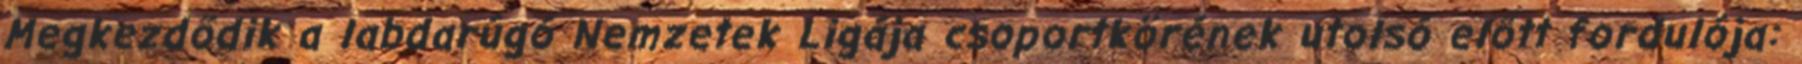
Megkezdődik a labdarúgó Nemzetek Ligája csoportkörének utolsó előtt fordulója: